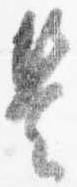
是